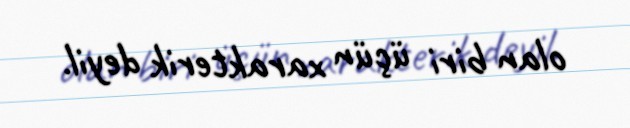
olan biri üçün xarakterik deyil.